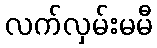
လက်လှမ်းမမီ